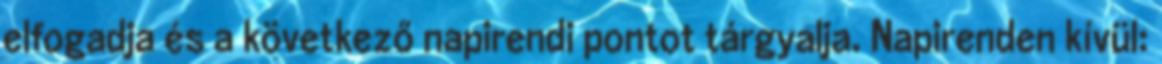
elfogadja és a következő napirendi pontot tárgyalja. Napirenden kívül: